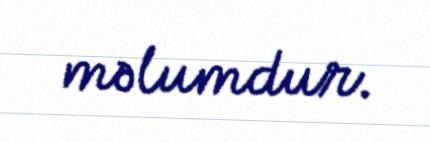
məlumdur.